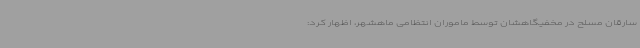
سارقان مسلح در مخفیگاهشان توسط ماموران انتظامی ماهشهر، اظهار کرد: